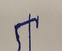
Signature authenticity: forged